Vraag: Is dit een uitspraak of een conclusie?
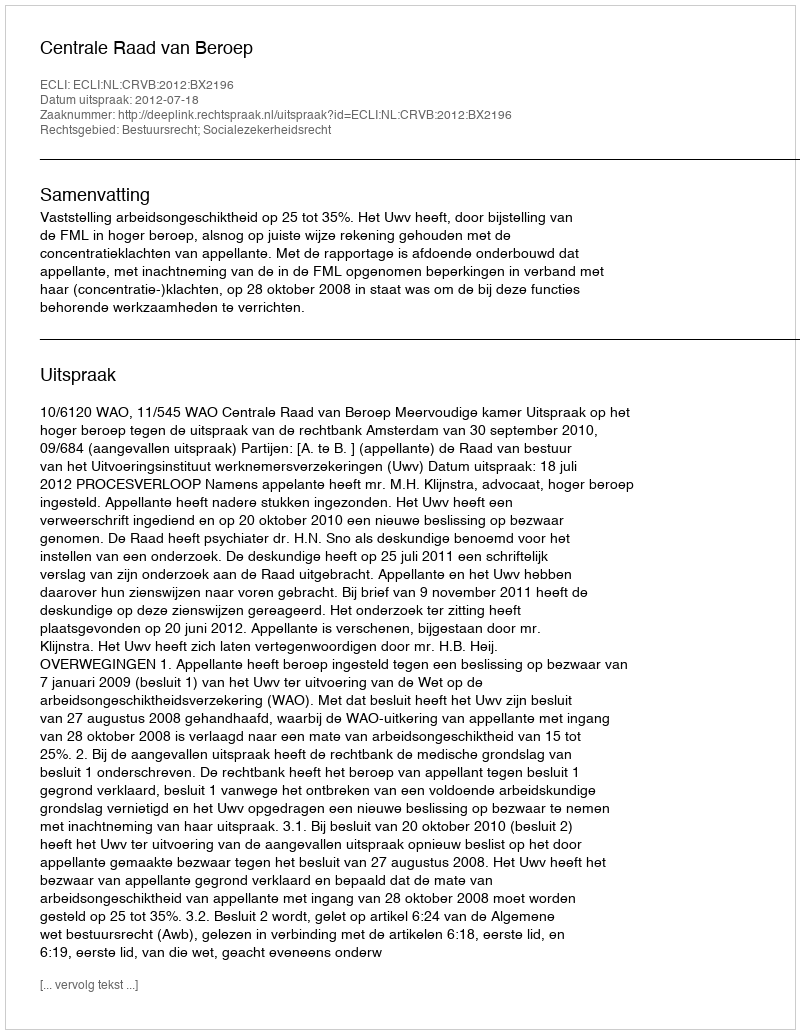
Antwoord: Uitspraak